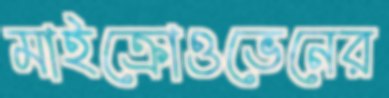
মাইক্রোওভেনের